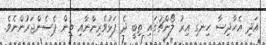
އަދި އެހާދިސާ ހިނގި އިރު ލޯންޗުގައި ތިބީ ދެ ފަޅުވެރިންނާއި ތިން ޕެސެންޖަރުންނެވެ.